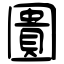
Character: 圚